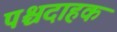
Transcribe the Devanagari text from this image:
पश्चदाहक